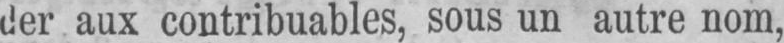
der aux contribuables, sous un autre nom,